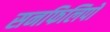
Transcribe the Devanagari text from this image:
सनफिलिपो